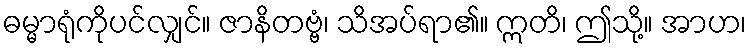
ဓမ္မာရုံကိုပင်လျှင်။ ဇာနိတဗ္ဗံ၊ သိအပ်ရာ၏။ ဣတိ၊ ဤသို့။ အာဟ၊